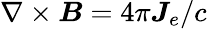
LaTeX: \nabla\times\boldsymbol{B}=4\pi\boldsymbol{J}_{e}/c